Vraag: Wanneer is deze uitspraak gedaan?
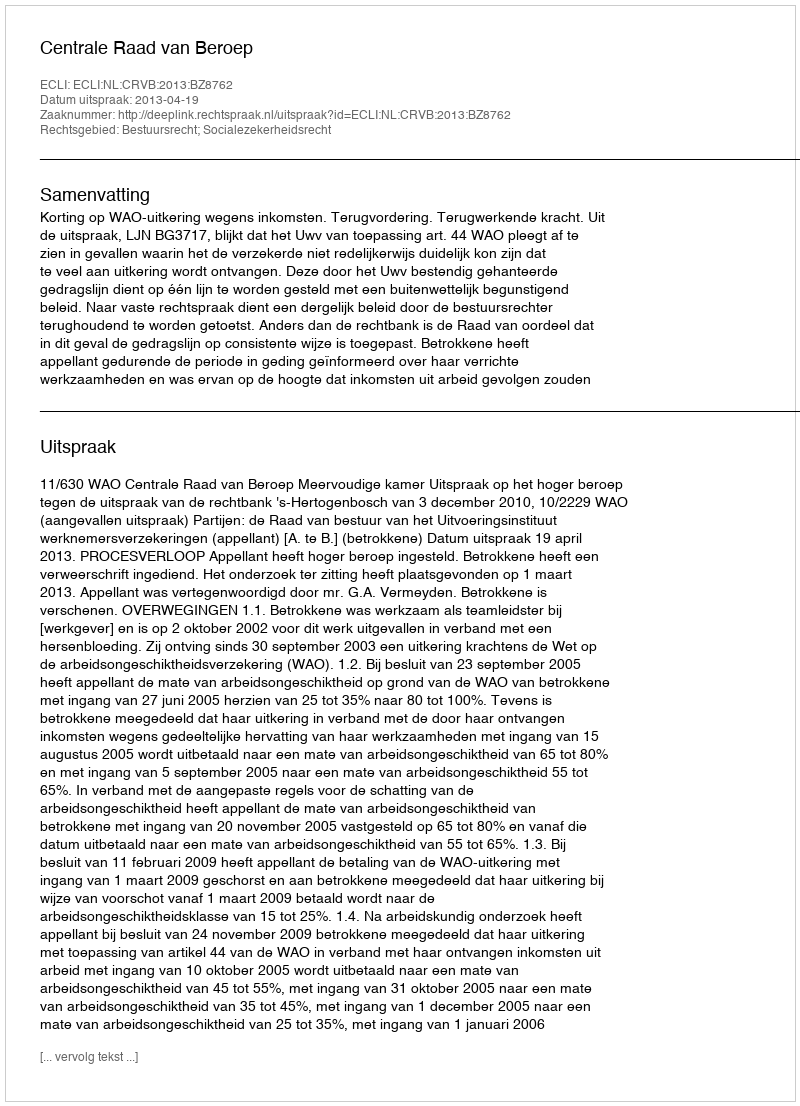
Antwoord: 2013-04-19